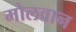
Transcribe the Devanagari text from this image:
मोलवान